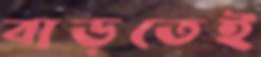
বাড়তেই